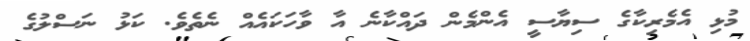
މުޅި އެމެރިކާގެ ސިޔާސީ އެންމެން ދައްކާނެ އާ ވާހަކައެއް ނެތެވެ. ކަޅު ނަސްލުގެ